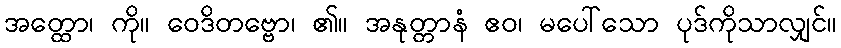
အတ္ထော၊ ကို။ ဝေဒိတဗ္ဗော၊ ၏။ အနုတ္တာနံ ဧဝ၊ မပေါ်သော ပုဒ်ကိုသာလျှင်။